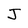
Character: J